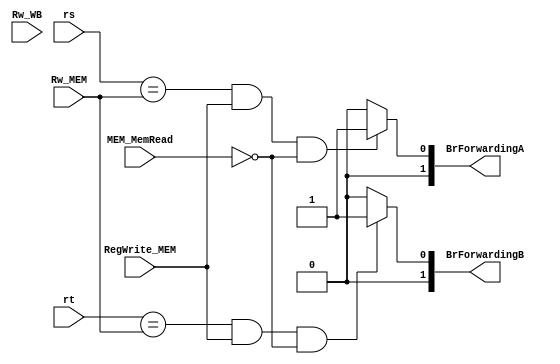
`timescale 1ns / 1ps
module Forwarding_ID(
    input wire [4:0] rs,
    input wire [4:0] rt,
    input wire [4:0] Rw_MEM,
    input wire RegWrite_MEM,
    input wire MEM_MemRead,
    input wire [4:0] Rw_WB,
    
    output wire [1:0] BrForwardingA,
    output wire [1:0] BrForwardingB
);

    assign BrForwardingA = (rs == Rw_MEM && RegWrite_MEM && MEM_MemRead == 0) ? 1:          // MEMRR-beq,lwIDstall
                           /*(rs == Rw_WB && Load_WB) ? 2 :*/  0;           // WB,
    assign BrForwardingB = (rt == Rw_MEM && RegWrite_MEM && MEM_MemRead == 0) ? 1 :
                           /* (rt == Rw_WB && Load_WB) ? 2 :*/ 0;

endmodule